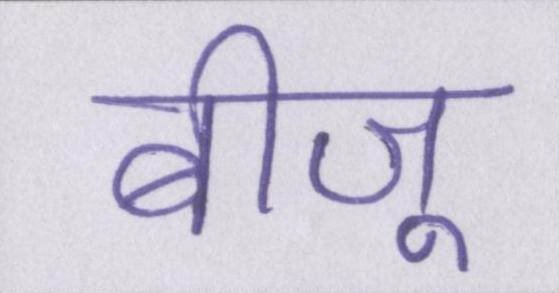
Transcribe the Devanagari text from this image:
बीजू